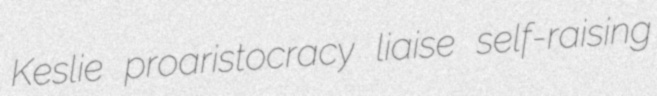
Keslie proaristocracy liaise self-raising